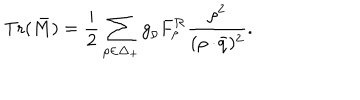
LaTeX: \mathrm { T r } ( \bar { M } ) = { \frac { i } { 2 } } \sum _ { \rho \in \Delta _ { + } } g _ { \rho } F _ { \rho } ^ { \cal R } { \frac { \rho ^ { 2 } } { ( \rho \cdot \! \bar { q } ) ^ { 2 } } } .